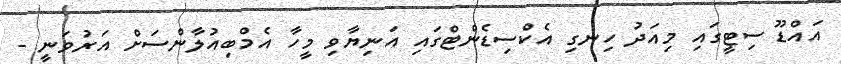
އައްޑޫ ސިޓީގައި މިއަދު ހިނގި އެކްސިޑެންޓްގައި އަނިޔާވި މީހާ އެމްބިއުލާންސަށް އަރުވަނީ -